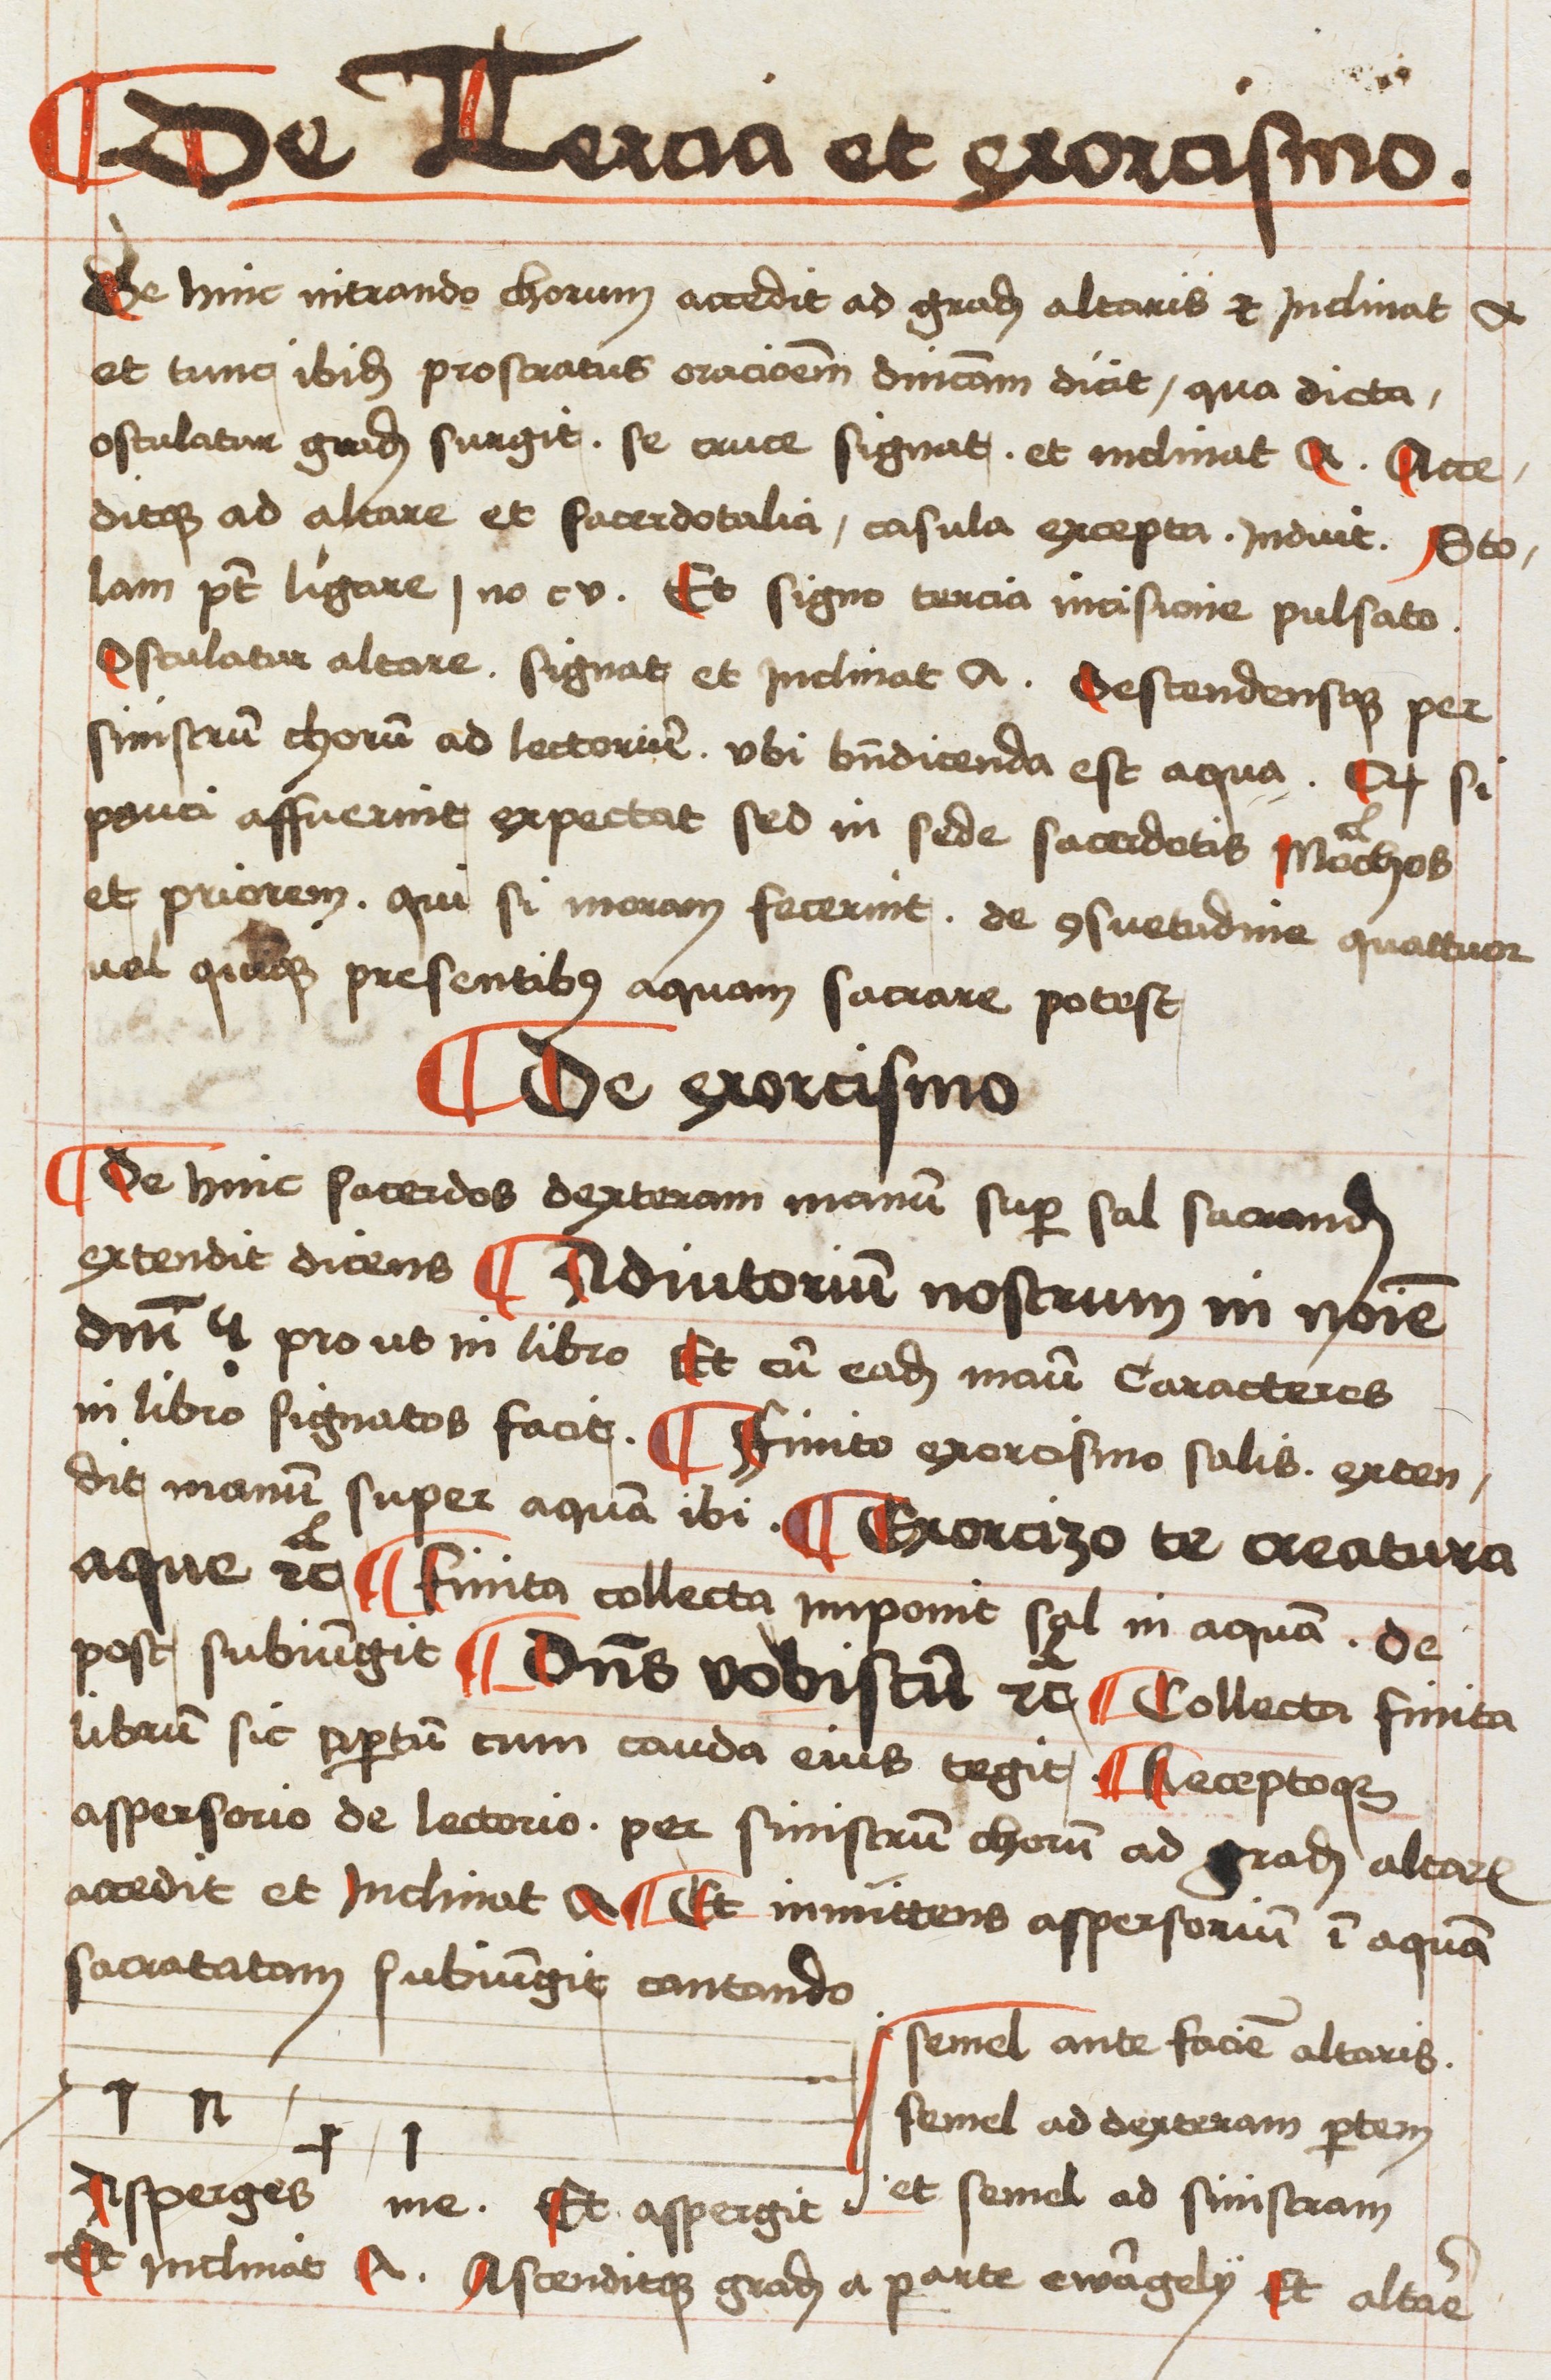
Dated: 1496–1498